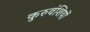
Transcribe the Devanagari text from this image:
कुरुवंशियों